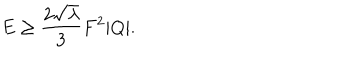
E \ge { \frac { 2 \sqrt { \lambda } } { 3 } } F ^ { 2 } | Q | .